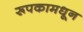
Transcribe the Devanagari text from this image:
रूपकामधून